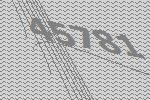
45781